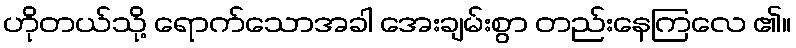
ဟိုတယ်သို့ ရောက်သောအခါ အေးချမ်းစွာ တည်းနေကြလေ ၏။